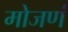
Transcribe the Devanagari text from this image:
मोजणं